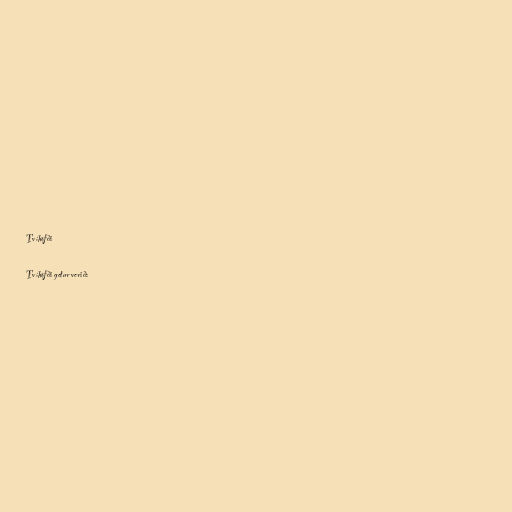
Tvíhöfði

Tvíhöfði getur verið: